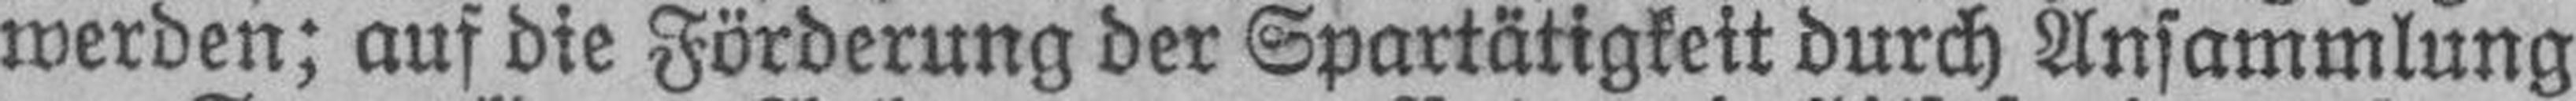
werden; auf die Förderung der Spartätigkeit durch Ansammlung